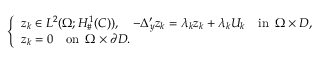
\left\{ \begin{array} { l l } { \displaystyle z _ { k } \in L ^ { 2 } ( \Omega ; H _ { \# } ^ { 1 } ( C ) ) , \quad - \Delta _ { y } ^ { \prime } z _ { k } = \lambda _ { k } z _ { k } + \lambda _ { k } U _ { k } \quad \mathrm { i n } \, \, \, \Omega \times D , } \\ { z _ { k } = 0 \quad \mathrm { o n } \, \, \, \Omega \times \partial D . } \end{array} \right.